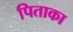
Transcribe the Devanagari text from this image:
पिताका